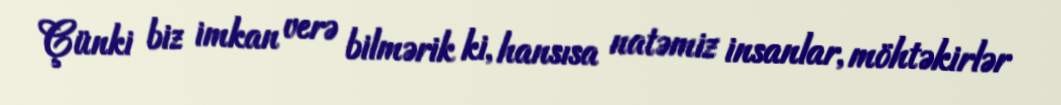
Çünki biz imkan verə bilmərik ki, hansısa natəmiz insanlar, möhtəkirlər